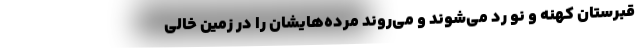
قبرستان كهنه و نو رد مي‌شوند و مي‌روند مرده‌هايشان را در زمين خالي